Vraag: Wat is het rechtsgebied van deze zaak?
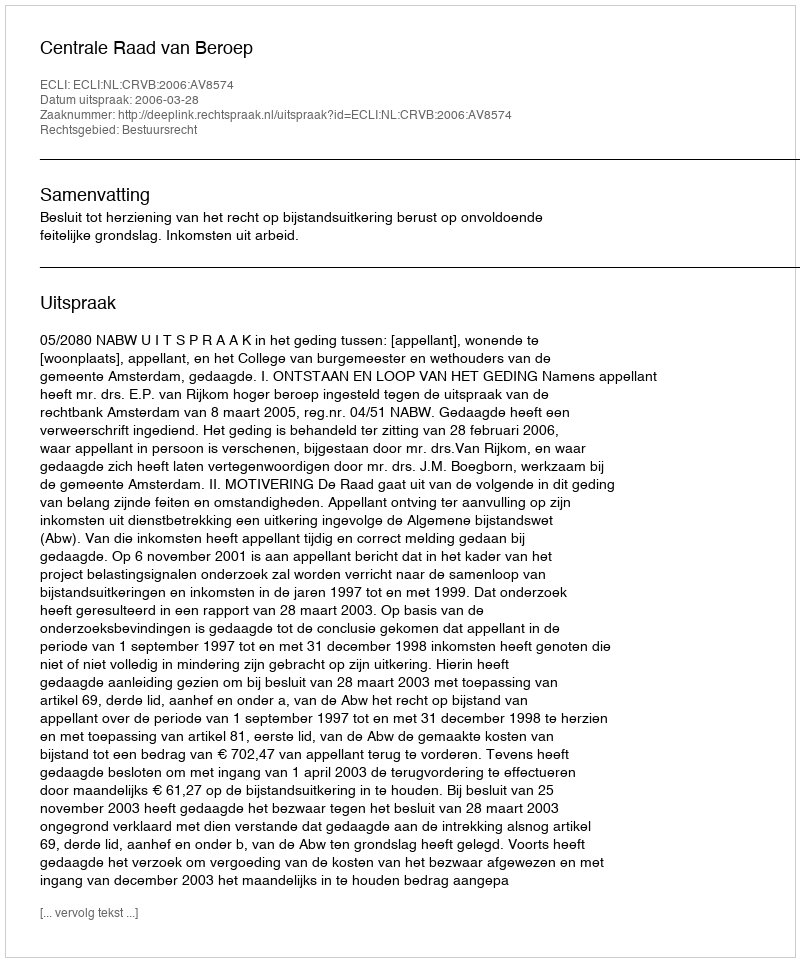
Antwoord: Bestuursrecht